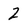
Character: 2